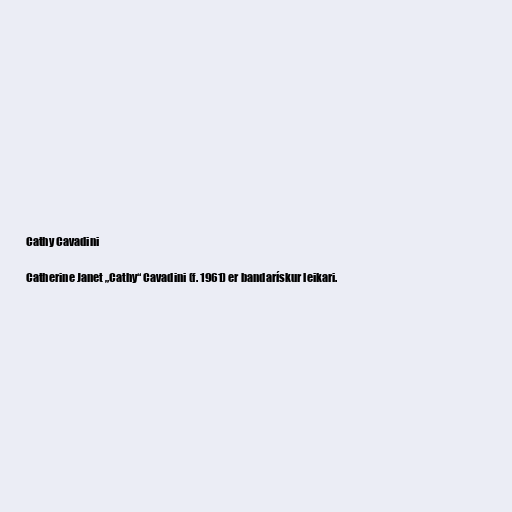
Cathy Cavadini

Catherine Janet „Cathy“ Cavadini (f. 1961) er bandarískur leikari.